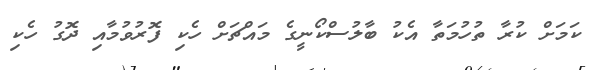
ކަމަށް ކުރާ ތުހުމަތާ އެކު ބާލުސްކޯނީގެ މައްޗަށް ހެކި ފޮރުވުމާއި ދޮގު ހެކި